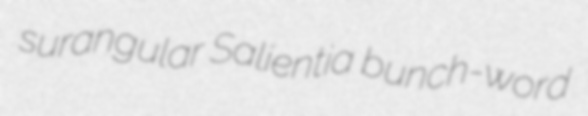
surangular Salientia bunch-word